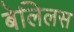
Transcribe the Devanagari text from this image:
बेलिलस